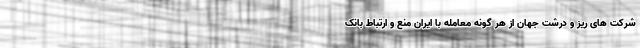
شرکت های ریز و درشت جهان از هر گونه معامله با ایران منع و ارتباط بانک